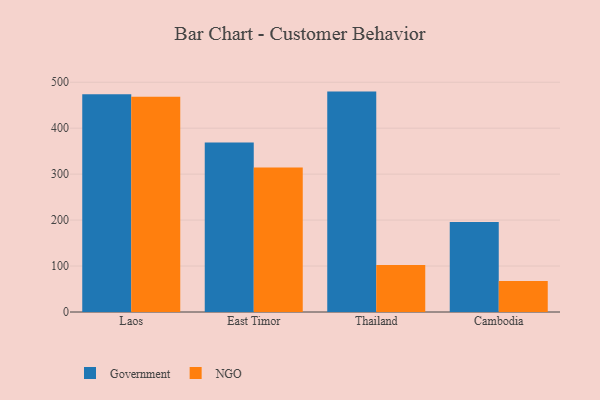
{"axis": {"x": "Country", "y": "Bounce Rate (%)"}, "legend": ["Government", "NGO"], "data": [{"x": "Laos", "y": 473.7, "type": "Government"}, {"x": "Laos", "y": 468.2, "type": "NGO"}, {"x": "East Timor", "y": 369.0, "type": "Government"}, {"x": "East Timor", "y": 314.5, "type": "NGO"}, {"x": "Thailand", "y": 479.6, "type": "Government"}, {"x": "Thailand", "y": 102.1, "type": "NGO"}, {"x": "Cambodia", "y": 195.7, "type": "Government"}, {"x": "Cambodia", "y": 67.4, "type": "NGO"}]}